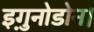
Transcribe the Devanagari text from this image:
इगु़नोडोन।